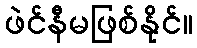
ဖဲင်နီမဖြစ်နိုင်။